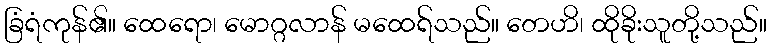
ခြံရံကုန်၏။ ထေရော၊ မောဂ္ဂလာန် မထေရ်သည်။ တေဟိ၊ ထိုခိုးသူတို့သည်။